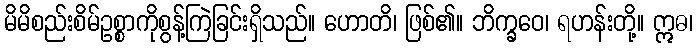
မိမိစည်းစိမ်ဥစ္စာကိုစွန့်ကြဲခြင်းရှိသည်။ ဟောတိ၊ ဖြစ်၏။ ဘိက္ခဝေ၊ ရဟန်းတို့။ ဣဓ၊